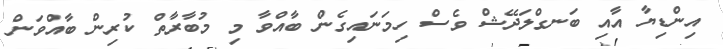
އިންޑިޔާ އާއި ބަނގްލަދޭޝް ވެސް ހިމަނައިގެން ބާއްވާ މި މުބާރާތް ކުރިން ބާއްވަން